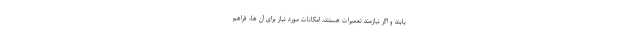
یابند و اگر نیازمند تعمیرات هستند، امکانات مورد نیاز برای آن ها، فراهم